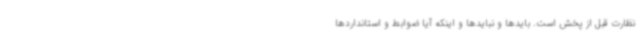
نظارت قبل از پخش است. بایدها و نبایدها و اینکه آیا ضوابط و استانداردها